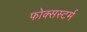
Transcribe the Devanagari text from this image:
फोक्सस्टर्म